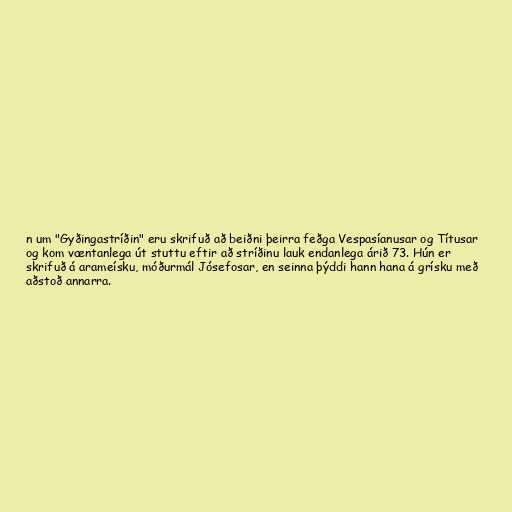
n um "Gyðingastríðin" eru skrifuð að beiðni þeirra feðga Vespasíanusar og Títusar
og kom væntanlega út stuttu eftir að stríðinu lauk endanlega árið 73. Hún er
skrifuð á arameísku, móðurmál Jósefosar, en seinna þýddi hann hana á grísku með
aðstoð annarra.